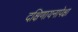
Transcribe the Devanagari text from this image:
दक्षिणायनापेक्षा